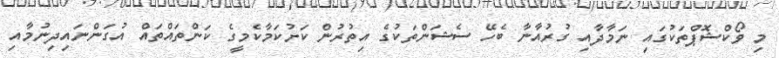
މި ވޯކްޝޮޕްތަކުގައި ނަމާދާއި ގުރުއާނާ ބެހޭ ސެޝަންތަކުގެ އިތުރުން ކަށުކަމާކެމީގެ ކަންތައްތައް އުގަންނައިދިނުމާއި